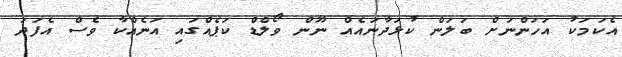
އެކަމަކު އަހަންނަށް ބަލަން ކުޅަދާނައެއް ނޫން ވޯލްޑް ކަޕެއްގައި އަނެއްކާ ވެސް އެފަދަ